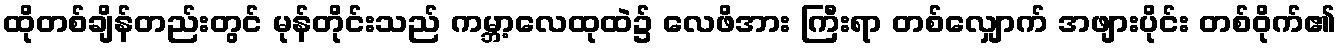
ထိုတစ်ချိန်တည်းတွင် မုန်တိုင်းသည် ကမ္ဘာ့လေထုထဲ၌ လေဖိအား ကြီးရာ တစ်လျှောက် အဖျားပိုင်း တစ်ဝိုက်၏